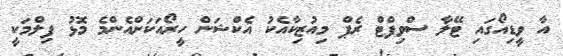
އާ ވީޑިއޯގައި ޓޭލާ ސްވިފްޓް ރެޕް މިއުޒިކާއެކު އެކްޝަން ހީރޯއަކަށްއެންމެ މޮޅު ފިލްމަކީ